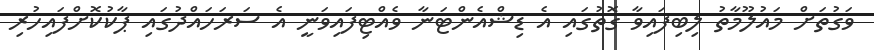
ވަގުތަށް މައުލޫމާތު ލިބިފައިވާ ގޮތުގައި އެ ޑިޝްއެންޓަނާ ވެއްޓިފައިވަނީ އެ ސަރަހައްދުގައި ޕާކުކޮށްފައިހުރި